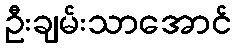
ဦးချမ်းသာအောင်